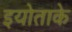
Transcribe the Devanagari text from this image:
इयोताके